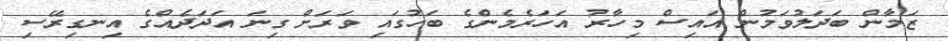
ޒަމާން ބަދަލުވަމުން އައިސް މިހާރު އަހަރެމެންގެ ބަހުގައި ވަރަށް ގިނަ އަދަދެއްގެ އިނގިރޭސި